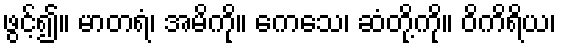
ဖွင့်၍။ မာတရံ၊ အမိကို။ ကေသေ၊ ဆံတို့ကို။ ဝိကိရိယ၊